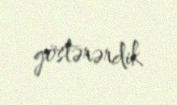
göstərərdik.